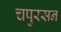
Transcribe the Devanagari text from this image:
चपुरसन